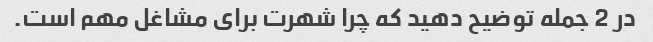
در 2 جمله توضیح دهید که چرا شهرت برای مشاغل مهم است.